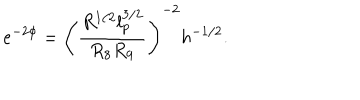
LaTeX: e ^ { - 2 \phi } = \left( \frac { R ^ { 1 / 2 } l _ { p } ^ { 3 / 2 } } { R _ { 8 } R _ { 9 } } \right) ^ { - 2 } h ^ { - 1 / 2 } .